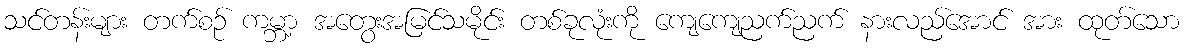
သင်တန်းများ တက်စဉ် ကမ္ဘာ့ အတွေးအမြင်သမိုင်း တစ်ခုလုံးကို ကျေကျေညက်ညက် နားလည်အောင် အား ထုတ်သော